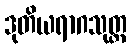
ဒုတိယရာဂသုတ္တ